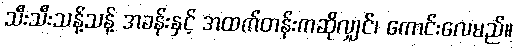
သီးသီးသန့်သန့် အခန်းနှင့် အထက်တန်းကဆိုလျှင်၊ ကောင်းလေမည်။